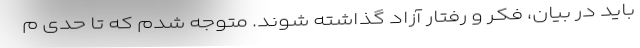
باید در بیان، فکر و رفتار آزاد گذاشته شوند. متوجه شدم که تا حدی م